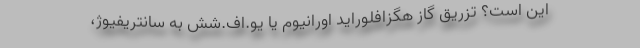
این است؟ تزریق گاز هگزافلوراید اورانیوم یا یو.اف.شش به سانتریفیوژ،